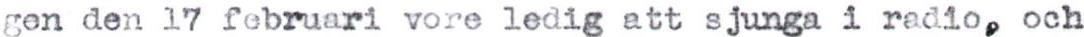
gen den 17 februari vore ledig att sjunga i radio, och